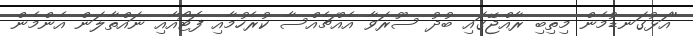
''އަޅުގަނޑުމެން މިތިބި ރާއްޖޭގައި ބުދު ސޫރަވާ އެއްޗެއްސާ ކުރެހުމާއި ފޮޓޯއާއި ނައްތާލަން އެންމެން